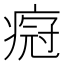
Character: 𬏸